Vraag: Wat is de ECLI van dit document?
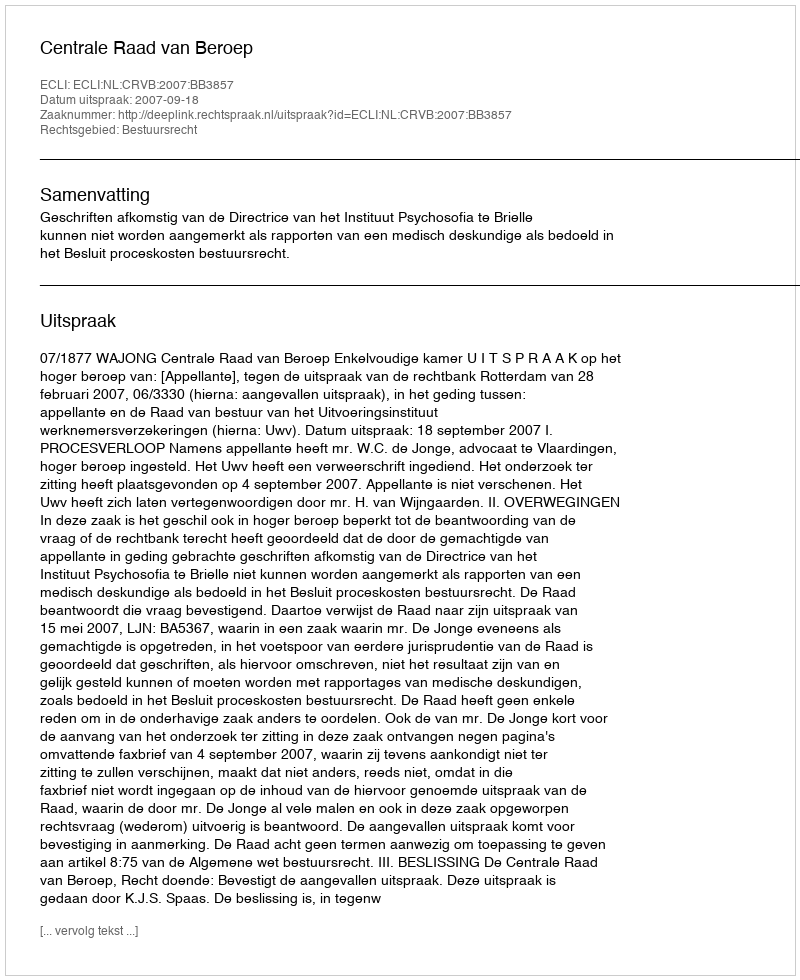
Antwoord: ECLI:NL:CRVB:2007:BB3857